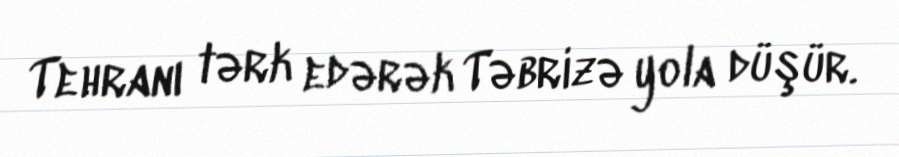
Tehranı tərk edərək Təbrizə yola düşür.